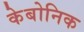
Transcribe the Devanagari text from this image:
केबोनिक